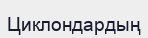
Циклондардың